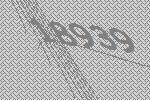
18939